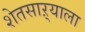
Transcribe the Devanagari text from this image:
शेतसाऱ्याला